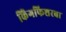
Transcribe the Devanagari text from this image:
किंगफिशरचा